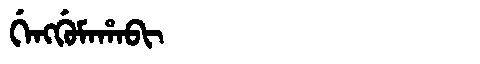
Manchu: ᡤᡝᠩᡤᡠᠮᠠᡥᠠᠪᡳ
Romanization: GENGGUMAHABI